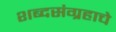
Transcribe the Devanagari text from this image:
शब्दसंग्रहाचे